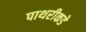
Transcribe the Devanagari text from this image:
पाथरीकडे